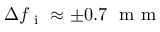
\Delta f _ { \mathrm { ~ i ~ } } \approx \pm 0 . 7 ~ \mathrm { ~ m ~ m ~ }